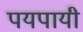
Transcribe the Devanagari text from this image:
पयपायी